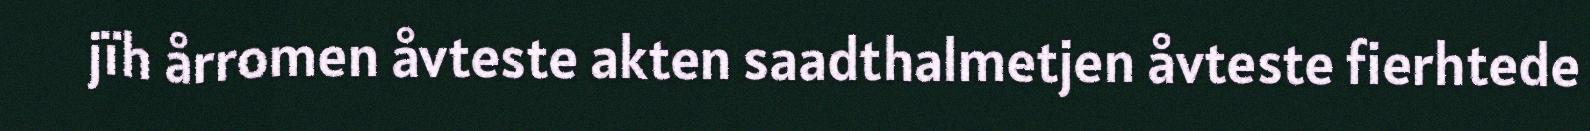
jïh årromen åvteste akten saadthalmetjen åvteste fierhtede